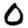
Digit: 0